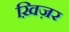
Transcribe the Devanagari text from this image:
ख़िज़र